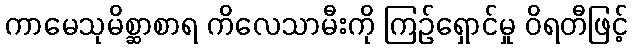
ကာမေသုမိစ္ဆာစာရ ကိလေသာမီးကို ကြဉ်ရှောင်မှု ဝိရတီဖြင့်